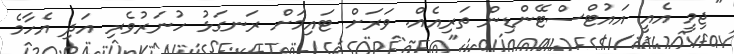
"ޖިމީ އެއީ އައުޓްސްޓޭންޑިން ތަރިއެއް. ވަރަށް ޓައިމަށް ރަނގަޅު ހުނަރުވެރި އަދި އެހާމެ